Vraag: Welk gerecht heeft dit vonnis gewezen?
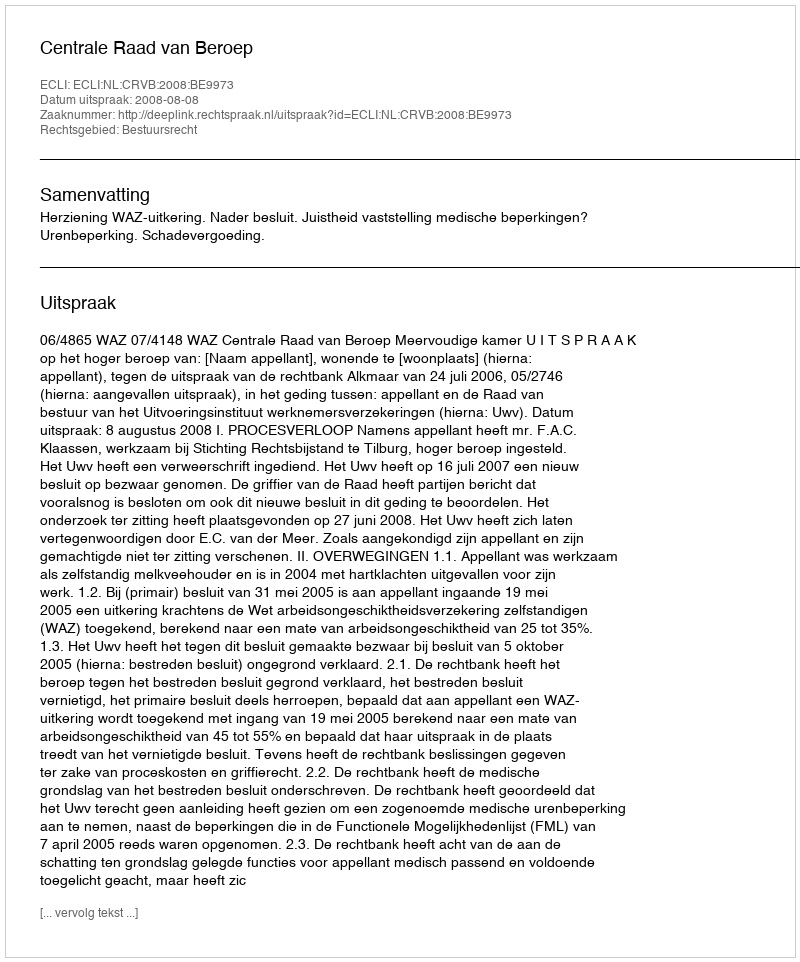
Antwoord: Centrale Raad van Beroep